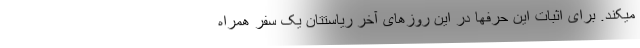
میکند. برای اثبات این حرفها در این روزهای آخر ریاستتان یک سفر همراه